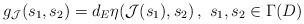
LaTeX: \begin{align*}g_{\mathcal{J}}(s_1,s_2)=d_E\eta(\mathcal{J}(s_1),s_2)\,,\,\,s_1,s_2\in\Gamma(D)\end{align*}